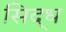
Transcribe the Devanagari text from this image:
सिद्‌ध